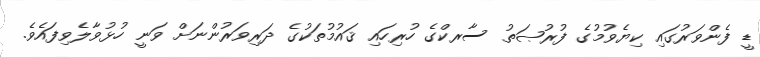
ޑީ ފެންވަރުގައި ކިޔެވުމުގެ ފުރުޞަތު ސާރކްގެ ހުރިހައި ޤައުމުތަކުގެ ދަރިވަރުންނަށް ވަނީ ހުޅުވާލެވިފައެވެ.